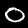
Digit: 0